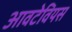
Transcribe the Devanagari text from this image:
आवटेवियस